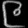
Digit: ၉